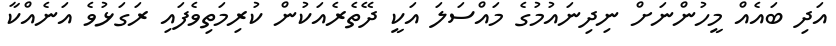
އަދި ބައެއް މީހުންނަށް ނިދިނައުމުގެ މައްސަލަ އަކީ ދޭތެރެއަކުން ކުރިމަތިވެފައި ރަގަޅުވެ އަނެއްކާ